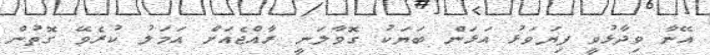
އޭނާ ވިދާޅުވީ ފިޔަވަޅު އަަޅަން ބަޔަކު ގޮވާލަނީ ރާއްޖެއަށް އަމަލު ކުރެވޭ ގޮތުން